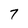
Character: 7